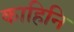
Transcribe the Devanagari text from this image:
काहिनि